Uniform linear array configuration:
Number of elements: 8
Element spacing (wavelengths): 1
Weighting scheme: hamming
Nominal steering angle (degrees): -15
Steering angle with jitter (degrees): -15.563
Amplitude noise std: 0.05
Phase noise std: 0.05

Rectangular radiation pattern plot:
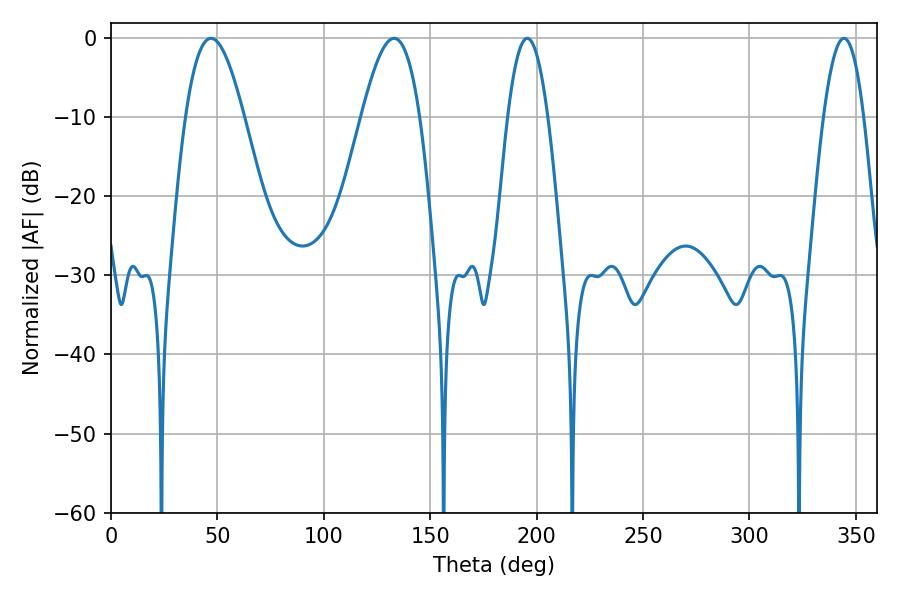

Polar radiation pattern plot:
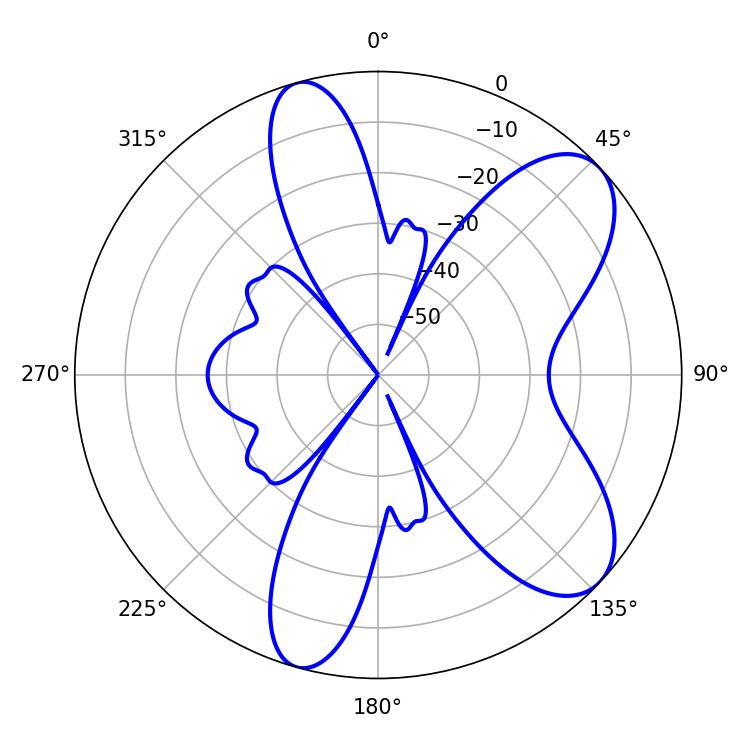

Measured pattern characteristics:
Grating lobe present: TRUE
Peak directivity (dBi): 8.049
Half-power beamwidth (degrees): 14.76
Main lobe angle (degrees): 46.98